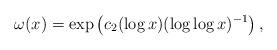
LaTeX: \begin{align*} \omega(x)= \exp\left(c_2(\log x)(\log \log x)^{-1}\right),\end{align*}